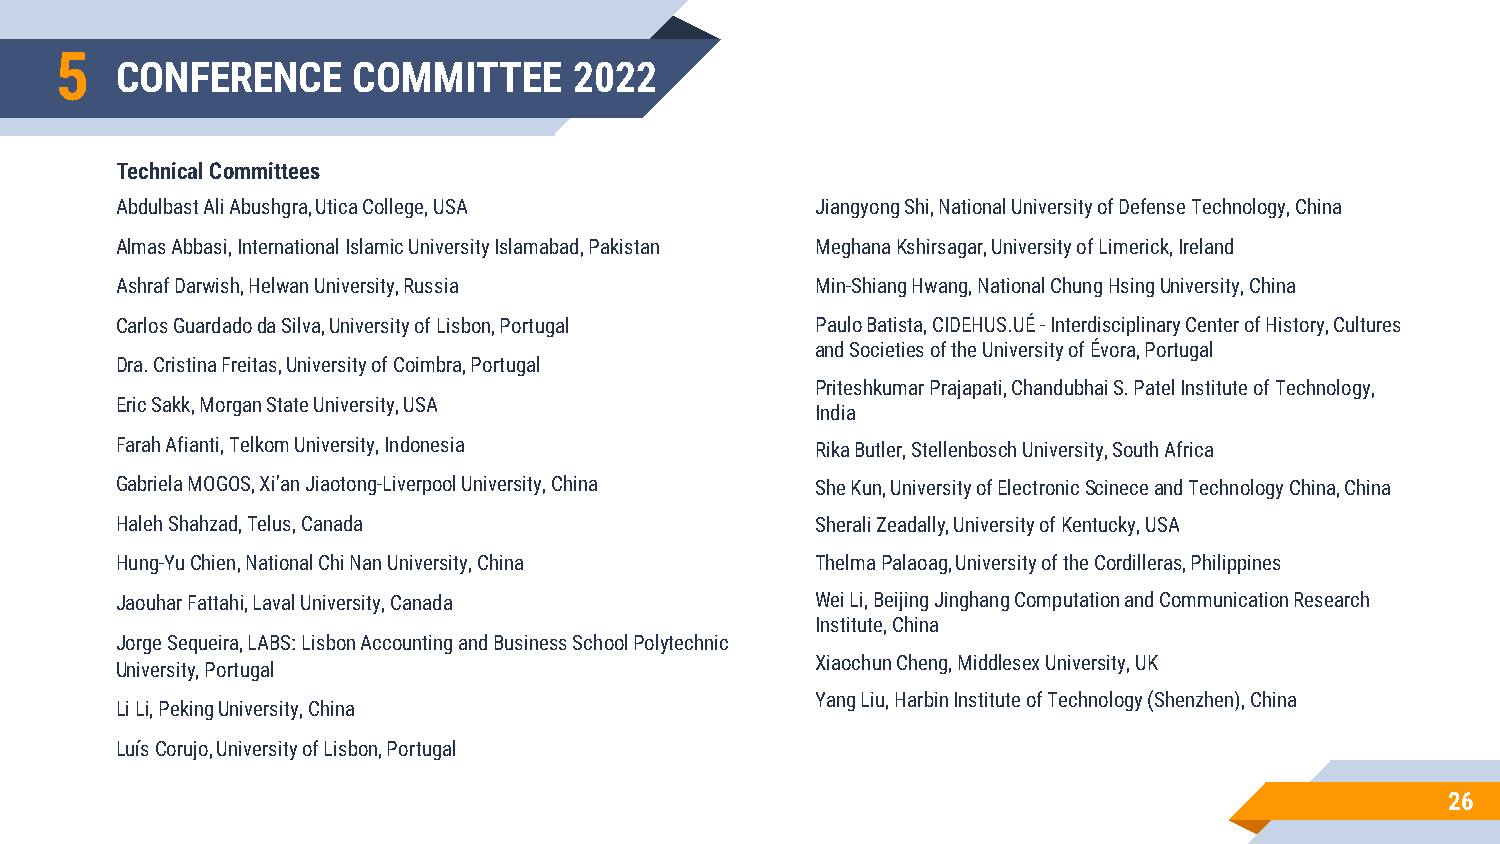
5
 CONFERENCE     COMMITTEE      2022
 Technical Committees
 AbdulbastAli Abushgra, Utica College, USA     JiangyongShi, National University of Defense Technology, China
 Almas Abbasi, International Islamic University Islamabad, Pakistan Meghana Kshirsagar, University of Limerick, Ireland
 Ashraf Darwish, Helwan University, Russia     Min-ShiangHwang, National Chung HsingUniversity, China
 Carlos Guardadoda Silva, University of Lisbon, Portugal Paulo Batista, CIDEHUS.UÉ -Interdisciplinary Center of History, Cultures
 and Societies of the University of Évora, Portugal
 Dra. Cristina Freitas, University of Coimbra, Portugal
 PriteshkumarPrajapati, ChandubhaiS. Patel Institute of Technology,
 Eric Sakk, Morgan State University, USA
 India
 Farah Afianti, Telkom University, Indonesia   Rika Butler, Stellenbosch University, South Africa
 Gabriela MOGOS, Xi'an Jiaotong-Liverpool University, China She Kun, University of Electronic Scineceand Technology China, China
 HalehShahzad, Telus, Canada                   SheraliZeadally, University of Kentucky, USA
 Hung-Yu Chien, National Chi Nan University, China Thelma Palaoag, University of the Cordilleras, Philippines
 JaouharFattahi, Laval University, Canada      Wei Li, Beijing JinghangComputation and Communication Research
 Institute, China
 Jorge Sequeira, LABS: Lisbon Accounting and Business School Polytechnic
 XiaochunCheng, Middlesex University, UK
 University, Portugal
 Yang Liu, Harbin Institute of Technology (Shenzhen), China
 Li Li, Peking University, China
 Luís Corujo, University of Lisbon, Portugal
 26